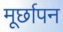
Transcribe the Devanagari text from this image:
मूर्छापन